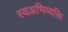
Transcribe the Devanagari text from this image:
स्वअभिव्यक्ति